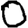
Digit: 0